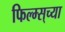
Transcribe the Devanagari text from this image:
फिल्म्स्‌च्या